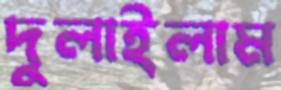
দুলাইলাম